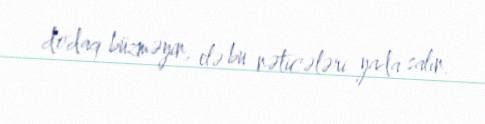
dodaq büzməyin, elə bu nəticələri yada salın.